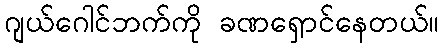
ဂျယ်ဂေါင်ဘက်ကို ခဏရှောင်နေတယ်။